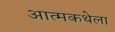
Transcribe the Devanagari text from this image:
आत्मकथेला